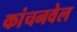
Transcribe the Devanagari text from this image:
कांचनवेल